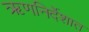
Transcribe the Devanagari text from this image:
ऋणनिर्देशात